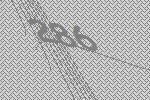
286